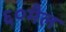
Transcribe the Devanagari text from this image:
६०मैल